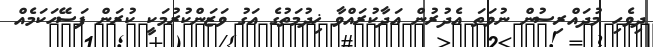
ދިވެހި މުދައްރިސުން ނުވަތަ އެދުރުން އަދާކުރައްވާ ޚިދުމަތުގެ އަގު ވަޒަންކުރުމަކީ ކުރަން ފަސޭހަކަމެއް